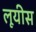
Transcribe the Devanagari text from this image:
लूयीस